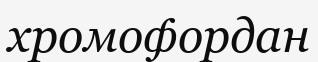
хромофордан